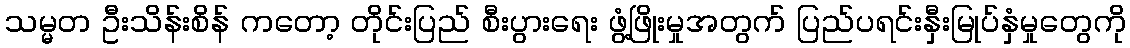
သမ္မတ ဦးသိန်းစိန် ကတော့ တိုင်းပြည် စီးပွားရေး ဖွံ့ဖြိုးမှုအတွက် ပြည်ပရင်းနှီးမြုပ်နှံမှုတွေကို